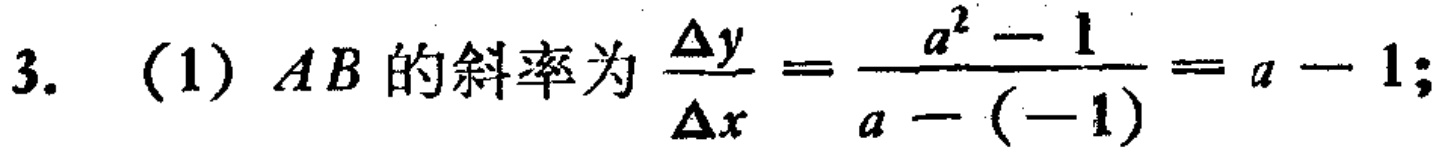
3. (1) \(AB\)的斜率为\(\frac{\Delta y}{\Delta x}=\frac{a^{2}-1}{a - (-1)}=a - 1\);